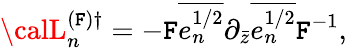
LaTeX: {\calL}_{n}^{(\mathtt{F})\dagger}=-\mathtt{F}\overline{{{{e_{n}^{1/2}}}}}\partial_{\bar{{z}}}\overline{{{{e_{n}^{1/2}}}}}\mathtt{F}^{-1},